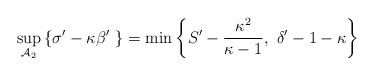
\begin{align*}\sup_{\mathcal{A}_{2}}\left\{ \sigma^{\prime}-\kappa\beta^{\prime}\ \right\}=\min\left\{ S^{\prime}-\frac{\kappa^{2}}{\kappa-1},\ \delta^{\prime}-1-\kappa\right\} \end{align*}